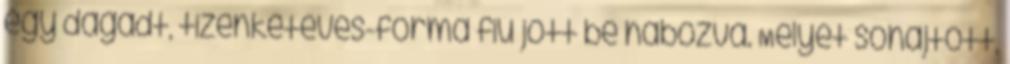
egy dagadt, tizenkétéves-forma fiú jött be habozva. Mélyet sóhajtott,